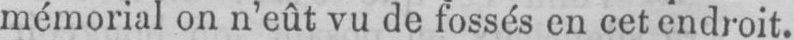
mémorial on n’eût vu de fossés en cet endroit.